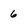
Character: 6